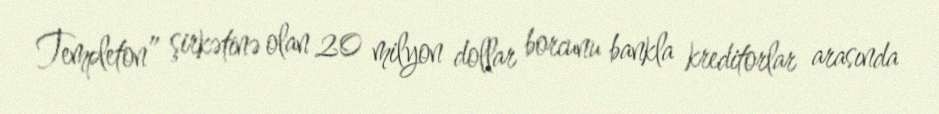
Templeton” şirkətinə olan 20 milyon dollar borcunu bankla kreditorlar arasında